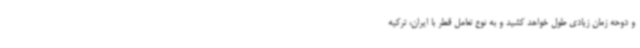
و دوحه زمان زیادی طول خواهد کشید و به نوع تعامل قطر با ایران، ترکیه